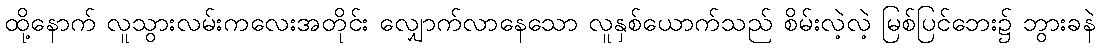
ထို့နောက် လူသွားလမ်းကလေးအတိုင်း လျှောက်လာနေသော လူနှစ်ယောက်သည် စိမ်းလဲ့လဲ့ မြစ်ပြင်ဘေး၌ ဘွားခနဲ